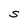
Character: S